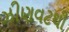
ઝીણવટથી